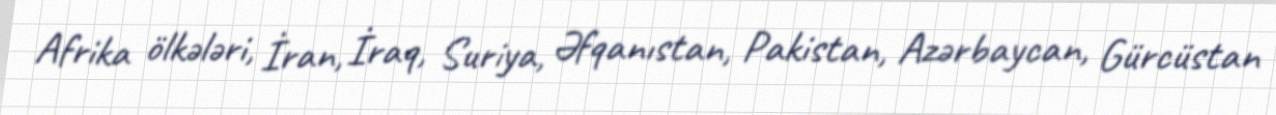
Afrika ölkələri, İran, İraq, Suriya, Əfqanıstan, Pakistan, Azərbaycan, Gürcüstan